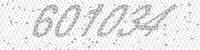
Solution: 601034